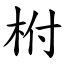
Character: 柎